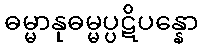
ဓမ္မာနုဓမ္မပ္ပဋိပန္နော